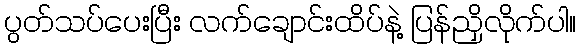
ပွတ်သပ်ပေးပြီး လက်ချောင်းထိပ်နဲ့ ပြန်ညှိလိုက်ပါ။